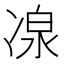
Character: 𠗯